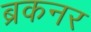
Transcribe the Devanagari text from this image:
ब्रकनर